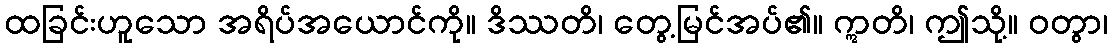
ထခြင်းဟူသော အရိပ်အယောင်ကို။ ဒိဿတိ၊ တွေ့မြင်အပ်၏။ ဣတိ၊ ဤသို့။ ဝတွာ၊